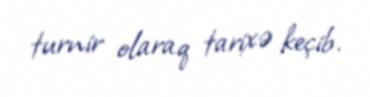
turnir olaraq tarixə keçib.